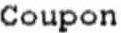
COUPON